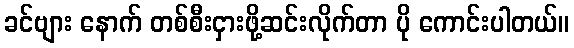
ခင်ဗျား နောက် တစ်စီးငှားဖို့ဆင်းလိုက်တာ ပို ကောင်းပါတယ်။